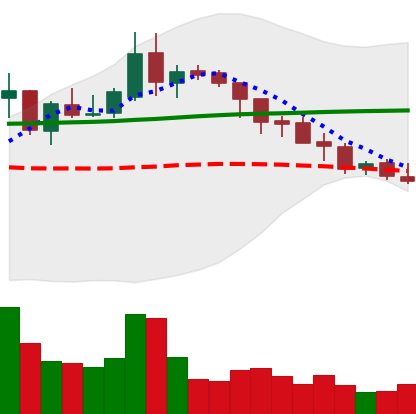
Ticker: XLM-USD
Chart end date: 2018-08-07
Forward return: -3.065%
Label: down_3_5